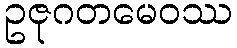
ဥဇုဂတမေဝဿ